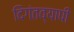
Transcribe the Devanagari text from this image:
दिगंतव्यापी